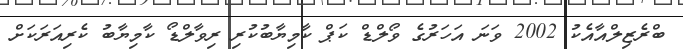
ބްރެޒިލްއާއެކު 2002 ވަނަ އަހަރުގެ ވޯލްޑް ކަޕް ކާމިޔާބުކުރި ރިވާލްޑޯ ކާމިޔާބު ކެރިއަރަކަށް